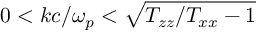
0 < k c / \omega _ { p } < \sqrt { T _ { z z } / T _ { x x } - 1 }